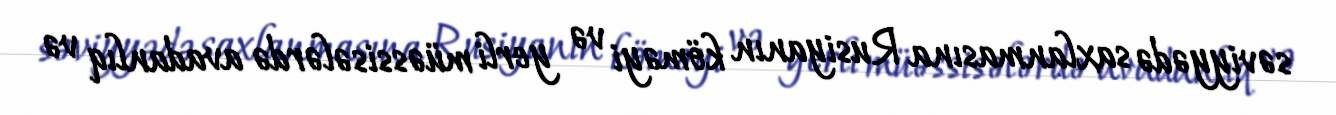
səviyyədə saxlanmasına Rusiyanın köməyi və yerli müəssisələrdə avadanlıq və